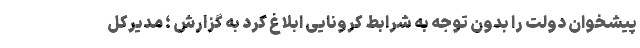
پیشخوان دولت را بدون توجه به شرابط کرونایی ابلاغ کرد به گزارش ؛ مدیرکل